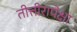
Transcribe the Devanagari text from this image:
तीत्तीरापेक्षा